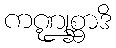
ကဏ္ဍုစ္ဆာဒိ